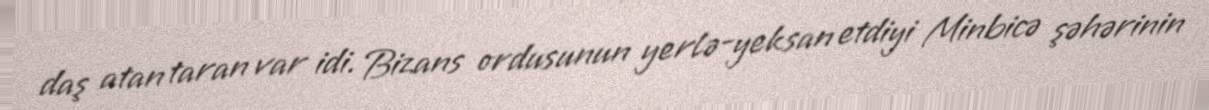
daş atan taran var idi. Bizans ordusunun yerlə-yeksan etdiyi Minbicə şəhərinin